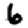
Digit: 6